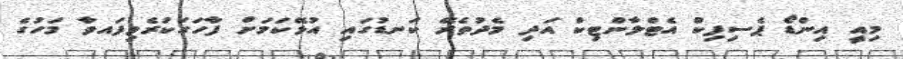
މިއީ އިންޑޯ ޕެސިފިކް އެޓްލާންޓިކް އަދި މެދުތެރޭ ކަނޑުގައި އުޅޭކަމަށް ފާހަގަކުރެވިފައވާ މަހުގެ